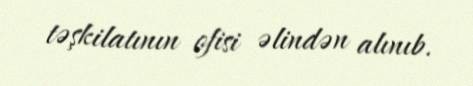
təşkilatının ofisi əlindən alınıb.